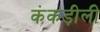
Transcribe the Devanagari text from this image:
कंकड़ीली